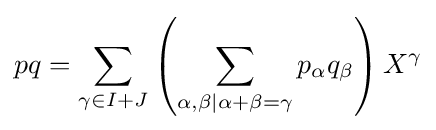
pq=\sum _{\gamma \in I+J}\left(\sum _{\alpha ,\beta \mid \alpha +\beta =\gamma }p_{\alpha }q_{\beta }\right)X^{\gamma }